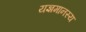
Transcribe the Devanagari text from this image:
यज्ञमानस्य